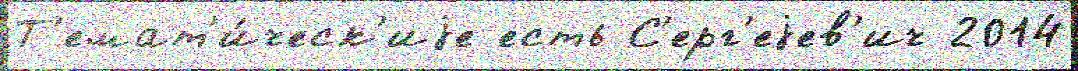
Т'емат'и́ческ'иjе есть С'ерг'еjев'ич 2014